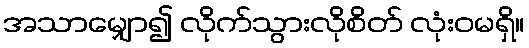
အသာမျှော၍ လိုက်သွားလိုစိတ် လုံးဝမရှိ။